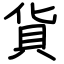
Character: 貨